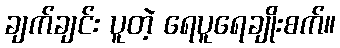
ချက်ချင်း ပူတဲ့ ရေပူရေချိုးစက်။